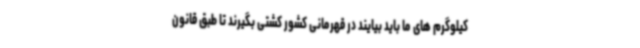
کیلوگرم های ما باید بیایند در قهرمانی کشور کشتی بگیرند تا طبق قانون